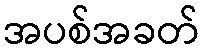
အပစ်အခတ်